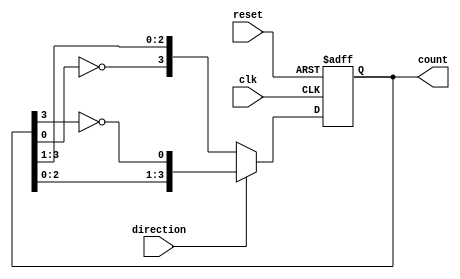
module bidirectional_johnson_counter (
    input wire clk,              // Clock input
    input wire reset,            // Asynchronous reset
    input wire direction,        // Direction control (1 for up, 0 for down)
    output reg [3:0] count       // 4-bit output for the counter
);

    always @(posedge clk or posedge reset) begin
        if (reset) begin
            count <= 4'b0000;    // Reset the counter to 0
        end else begin
            if (direction) begin
                // Counting up (Johnson counter behavior)
                count <= {count[2:0], ~count[3]}; // Shift left and feedback the inverted MSB
            end else begin
                // Counting down
                count <= {~count[0], count[3:1]}; // Shift right and feedback the inverted LSB
            end
        end
    end

endmodule